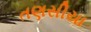
તણસીયા